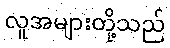
လူအများတို့သည်